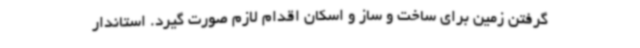
گرفتن زمین برای ساخت و ساز و اسکان اقدام لازم صورت گیرد. استاندار